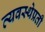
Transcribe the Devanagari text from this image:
व्यवस्थेप्रती